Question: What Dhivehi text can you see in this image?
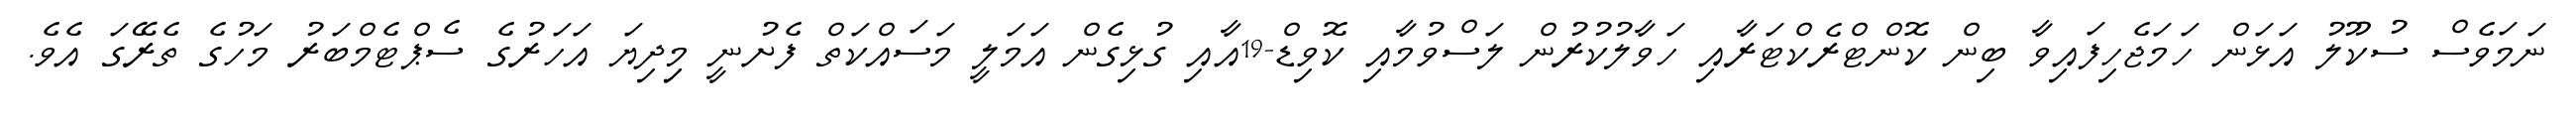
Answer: ނަމަވެސް ސުކޫލު އަޅަން ހަމަޖެހިފައިވާ ބިން ކޮންޓްރެކްޓަރާއި ހަވާލުކުރުން ލަސްވުމާއި ކޮވިޑް-19އާއި ގުޅިގެން އަމަލީ މަސައްކަތް ފެށުނީ މިިދިޔަ އަހަރުގެ ސެޕްޓެމްބަރު މަހުގެ ތެރޭގަ އެވެ.